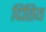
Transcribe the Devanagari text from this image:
दितिय